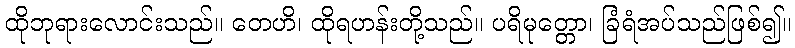
ထိုဘုရားလောင်းသည်။ တေဟိ၊ ထိုရဟန်းတို့သည်။ ပရိမုတ္တော၊ ခြံရံအပ်သည်ဖြစ်၍။